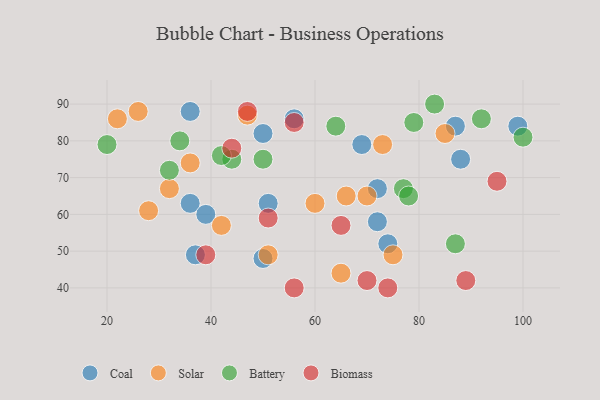
{"axis": {"x": "GDP", "y": "Life Expectancy"}, "legend": ["Battery", "Biomass", "Coal", "Solar"], "data": [{"x": "36", "y": 63, "type": "Coal"}, {"x": "37", "y": 49, "type": "Coal"}, {"x": "72", "y": 67, "type": "Coal"}, {"x": "51", "y": 63, "type": "Coal"}, {"x": "56", "y": 86, "type": "Coal"}, {"x": "50", "y": 82, "type": "Coal"}, {"x": "87", "y": 84, "type": "Coal"}, {"x": "36", "y": 88, "type": "Coal"}, {"x": "50", "y": 48, "type": "Coal"}, {"x": "69", "y": 79, "type": "Coal"}, {"x": "88", "y": 75, "type": "Coal"}, {"x": "74", "y": 52, "type": "Coal"}, {"x": "72", "y": 58, "type": "Coal"}, {"x": "99", "y": 84, "type": "Coal"}, {"x": "39", "y": 60, "type": "Coal"}, {"x": "22", "y": 86, "type": "Solar"}, {"x": "28", "y": 61, "type": "Solar"}, {"x": "70", "y": 65, "type": "Solar"}, {"x": "26", "y": 88, "type": "Solar"}, {"x": "47", "y": 87, "type": "Solar"}, {"x": "73", "y": 79, "type": "Solar"}, {"x": "75", "y": 49, "type": "Solar"}, {"x": "66", "y": 65, "type": "Solar"}, {"x": "51", "y": 49, "type": "Solar"}, {"x": "32", "y": 67, "type": "Solar"}, {"x": "60", "y": 63, "type": "Solar"}, {"x": "36", "y": 74, "type": "Solar"}, {"x": "65", "y": 44, "type": "Solar"}, {"x": "42", "y": 57, "type": "Solar"}, {"x": "85", "y": 82, "type": "Solar"}, {"x": "20", "y": 79, "type": "Battery"}, {"x": "32", "y": 72, "type": "Battery"}, {"x": "50", "y": 75, "type": "Battery"}, {"x": "83", "y": 90, "type": "Battery"}, {"x": "34", "y": 80, "type": "Battery"}, {"x": "87", "y": 52, "type": "Battery"}, {"x": "77", "y": 67, "type": "Battery"}, {"x": "44", "y": 75, "type": "Battery"}, {"x": "64", "y": 84, "type": "Battery"}, {"x": "78", "y": 65, "type": "Battery"}, {"x": "100", "y": 81, "type": "Battery"}, {"x": "92", "y": 86, "type": "Battery"}, {"x": "79", "y": 85, "type": "Battery"}, {"x": "42", "y": 76, "type": "Battery"}, {"x": "89", "y": 42, "type": "Biomass"}, {"x": "65", "y": 57, "type": "Biomass"}, {"x": "74", "y": 40, "type": "Biomass"}, {"x": "95", "y": 69, "type": "Biomass"}, {"x": "44", "y": 78, "type": "Biomass"}, {"x": "47", "y": 88, "type": "Biomass"}, {"x": "56", "y": 40, "type": "Biomass"}, {"x": "39", "y": 49, "type": "Biomass"}, {"x": "56", "y": 85, "type": "Biomass"}, {"x": "70", "y": 42, "type": "Biomass"}, {"x": "51", "y": 59, "type": "Biomass"}]}